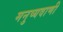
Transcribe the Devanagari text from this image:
मनुष्यवाणी